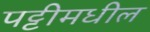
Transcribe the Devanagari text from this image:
पट्टीमधील